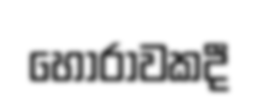
හෝරාවකදී